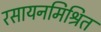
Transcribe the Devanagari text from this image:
रसायनमिश्रित